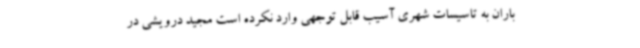
باران به تاسیسات شهری آسیب قابل توجهی وارد نکرده است مجید درویشی در